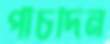
পাঁচদিন